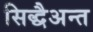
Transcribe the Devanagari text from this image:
सिद्धैअन्त